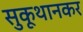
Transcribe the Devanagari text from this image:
सुकूथानकर